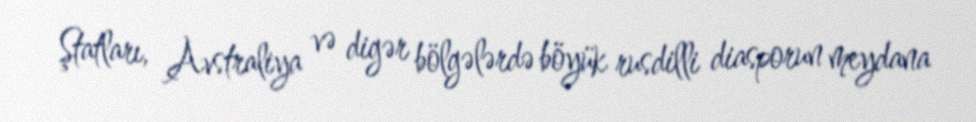
Ştatları, Avstraliya və digər bölgələrdə böyük rusdilli diasporun meydana